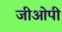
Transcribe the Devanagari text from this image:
जीओपी